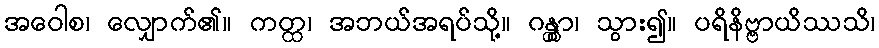
အဝေါစ၊ လျှောက်၏။ ကတ္ထ၊ အဘယ်အရပ်သို့။ ဂန္တွာ၊ သွား၍။ ပရိနိဗ္ဗာယိဿသိ၊